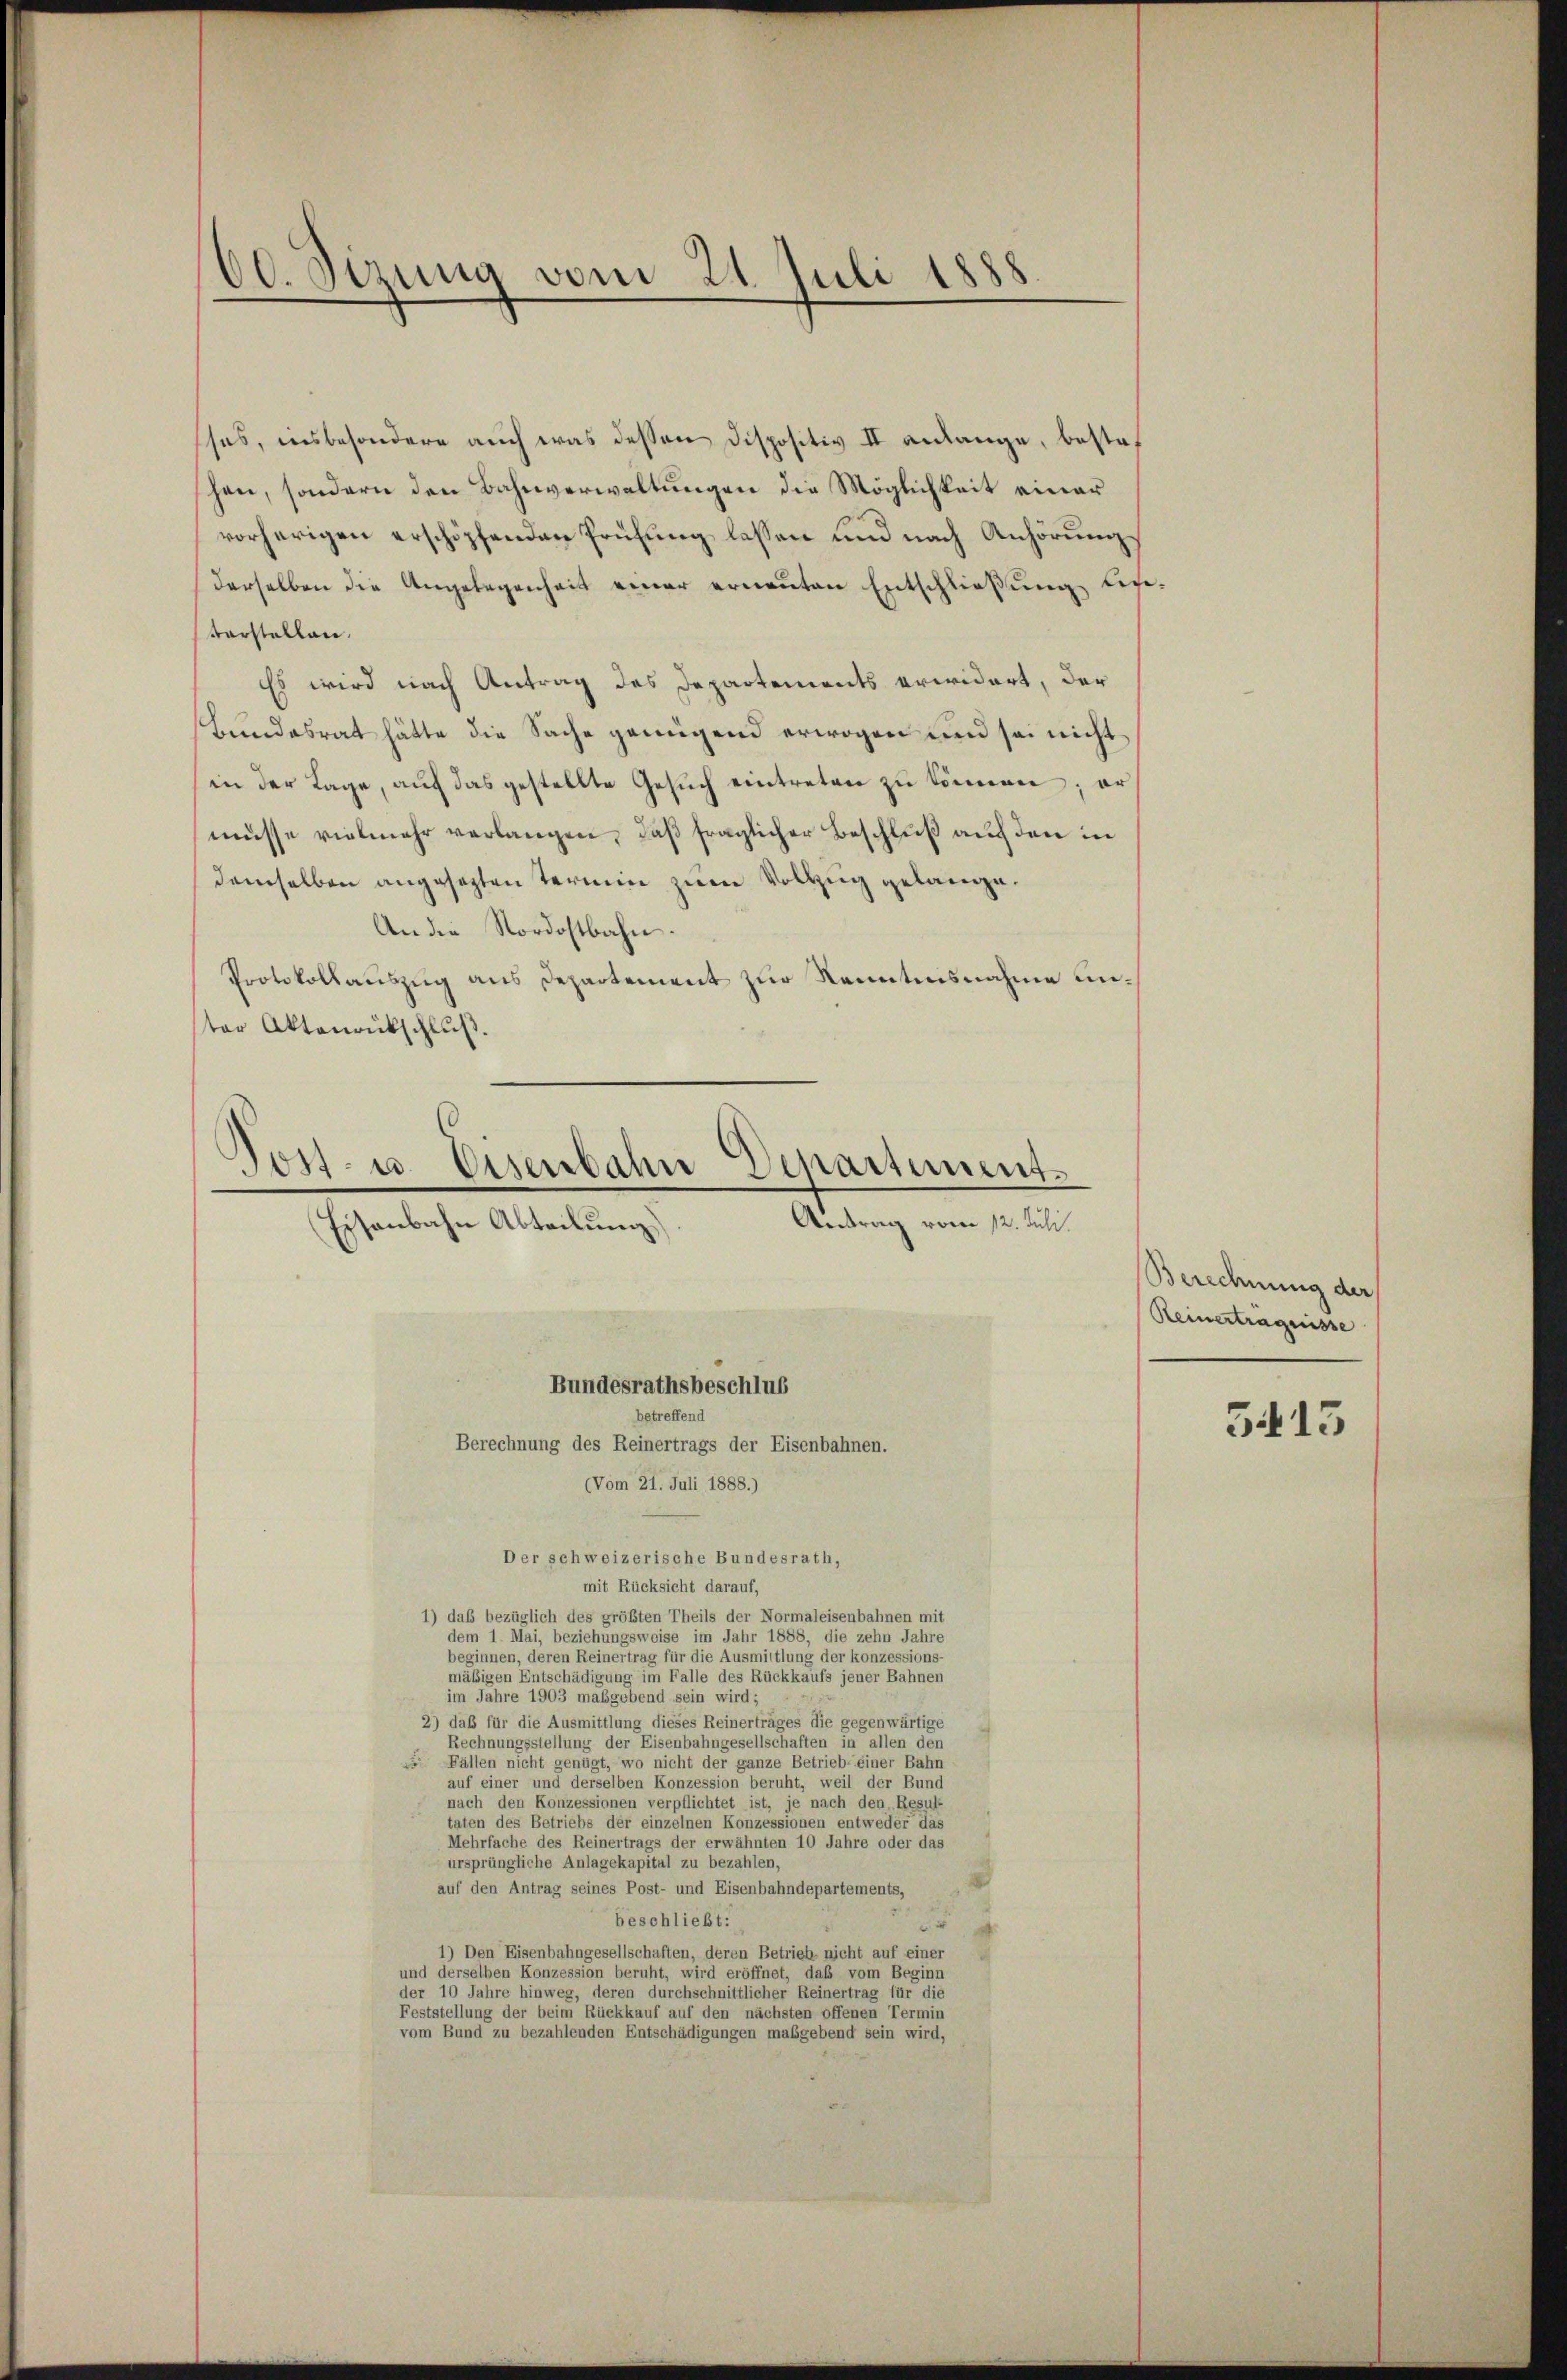
ses, insbesondere auch was dessen Dispositiv II anlange, bestof
hen, sondern den Bahnverwaltungen die Möglichkeit einer
vorherigen erschöpfenden Prüfung lassen und nach Anhörungs
derselben die Angelegenheit einer ernaṅten Entschließung lie-
tarstellen.
Es wird nach Antrag des Departements erwidert, der
Bundesrat hätte die Sache genügend erwogen und sei nicht
in der Lage, auf das gestellte Gesŭch eintreten zu können; er
müsse vielmehr verlangen, daß fraglicher Beschluß auf den in
demselben angesetzten Termin zum Vollzug gelange¬
An die Nordostbahn.
Protokollauszug aus Departement zur Kenntnisnahme unter Aktenrückschluß.
Bundesrathsbeschlus
betreffend
Berechnung des Reinertrags der Eisenbahnen.
Vom 21. Juli 1888.)
Der schweizerische Bundesrath,
mit Rücksicht darauf,
1) das bezüglich des größten Theils der Normaleisenbahnen mit
dem 1 Mai, beziehungsweise im Jahr 1888, die zehn Jahre
beginnen, deren Reinertrag für die Ausmittlung der konzessions-
mäßigen Entschädigung im Falle des Rückkaufs jener Bahnen
im Jahre 1903 maßgebend sein wird;
2) daß für die Ausmittlung dieses Reinertrages die gegenwärtige
Rechnungsstellung der Eisenbahngesellschaften in allen den
 Fällen nicht genügt, wo nicht der ganze Betrieb einer Bahn
auf einer und derselben Konzession beruht, weil der Bund
nach den Konzessionen verpflichtet ist, je nach den Resul-
taten des Betriebs der einzelnen Konzessionen entweder das
Mehrfache des Reinertrags der erwähnten 10 Jahre oder das
ursprüngliche Anlagekapital zu bezahlen,
auf den Antrag seines Post- und Eisenbahndepartements,
beschließt:
2

1) Den Eisenbahngesellschaften, deren Betrief nicht auf einer
und derselben Konzession beruht, wird eröffnet, daß vom Beginn
der 10 Jahre hinweg, deren durchschnittlicher Reinertrag für die
Feststellung der beim Rückkauf auf den nächsten offenen Termin
vom Bund zu bezahlenden Entschädigungen maßgebend sein wird,

60. Sizung vom 21. Juli 1888

Post- u. Eisenbahn Denartiment¬
Antrag vom 12. Juli.
Eisenbahn Abteilung)

Berechnung der
Reinerträgnisse
5413